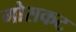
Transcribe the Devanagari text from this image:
गोसकट